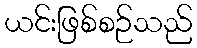
ယင်းဖြစ်စဉ်သည်